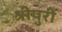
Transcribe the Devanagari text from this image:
श्रीपुरी